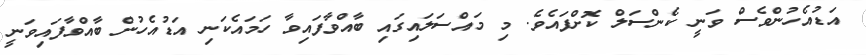
އަޑުއެހުންވެސް ވަނީ ކެންސަލް ކޮށްފައެވެ. މި މައްސަލައިގައި ބާއްވާފައިވާ ހަމައެކަނި އަޑުއެހުން ބާއްވާފައިވަނީ